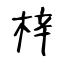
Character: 梓